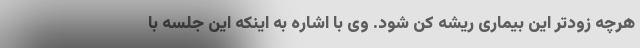
هرچه زودتر این بیماری ریشه کن شود. وی با اشاره به اینکه این جلسه با